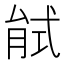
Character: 𢎎